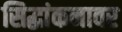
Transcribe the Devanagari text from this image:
सिद्धांकनावर